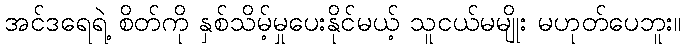
အင်ဒရေရဲ့ စိတ်ကို နှစ်သိမ့်မှုပေးနိုင်မယ့် သူငယ်မမျိုး မဟုတ်ပေဘူး။